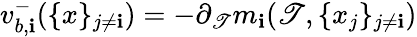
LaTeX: v_{b,\mathbf{i}}^{-}(\{ x\} _{j\neq\mathbf{i}})=-\partial_{\mathscr{T}}m_{\mathbf{i}}(\mathscr{T},\{ x_{j}\} _{j\neq\mathbf{i}})